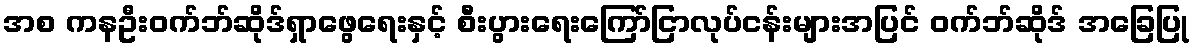
အစ ကနဦးဝက်ဘ်ဆိုဒ်ရှာဖွေရေးနှင့် စီးပွားရေးကြော်ငြာလုပ်ငန်းများအပြင် ဝက်ဘ်ဆိုဒ် အခြေပြု